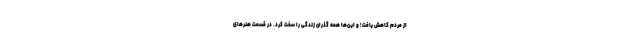
از مردم کاهش یافت؛ و این‌ها همه گذران زندگی را سخت کرد. در قسمت هنرهای